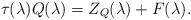
LaTeX: \begin{align*}\tau (\lambda)Q(\lambda )=Z_{Q}(\lambda )+F(\lambda ).\end{align*}